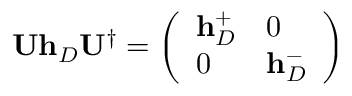
\ensuremath { \mathbf { U } } \ensuremath { \mathbf { h } } _ { D } \ensuremath { \mathbf { U } } ^ { \dagger } = \left( \begin{array} { l l } { \ensuremath { \mathbf { h } } _ { D } ^ { + } } & { 0 } \\ { 0 } & { \ensuremath { \mathbf { h } } _ { D } ^ { - } } \end{array} \right)